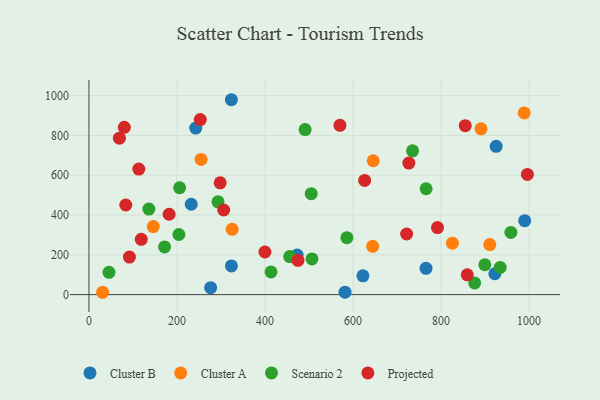
{"axis": {"x": "Ad Spend", "y": "Rating"}, "legend": ["Cluster A", "Cluster B", "Projected", "Scenario 2"], "data": [{"x": "232.5", "y": 454.1, "type": "Cluster B"}, {"x": "473.1", "y": 198.6, "type": "Cluster B"}, {"x": "925.4", "y": 745.2, "type": "Cluster B"}, {"x": "990.2", "y": 371.5, "type": "Cluster B"}, {"x": "242.7", "y": 836.8, "type": "Cluster B"}, {"x": "276.6", "y": 35.1, "type": "Cluster B"}, {"x": "922.3", "y": 104.8, "type": "Cluster B"}, {"x": "581.9", "y": 12.1, "type": "Cluster B"}, {"x": "323.8", "y": 144.2, "type": "Cluster B"}, {"x": "622.6", "y": 94.6, "type": "Cluster B"}, {"x": "323.7", "y": 979.3, "type": "Cluster B"}, {"x": "766.0", "y": 131.9, "type": "Cluster B"}, {"x": "146.2", "y": 342.0, "type": "Cluster A"}, {"x": "826.0", "y": 258.5, "type": "Cluster A"}, {"x": "989.1", "y": 912.9, "type": "Cluster A"}, {"x": "325.5", "y": 328.0, "type": "Cluster A"}, {"x": "31.1", "y": 11.8, "type": "Cluster A"}, {"x": "646.0", "y": 672.7, "type": "Cluster A"}, {"x": "891.0", "y": 833.2, "type": "Cluster A"}, {"x": "910.9", "y": 251.7, "type": "Cluster A"}, {"x": "644.7", "y": 242.6, "type": "Cluster A"}, {"x": "254.8", "y": 679.2, "type": "Cluster A"}, {"x": "586.2", "y": 286.2, "type": "Scenario 2"}, {"x": "293.3", "y": 466.1, "type": "Scenario 2"}, {"x": "204.4", "y": 302.1, "type": "Scenario 2"}, {"x": "934.5", "y": 136.9, "type": "Scenario 2"}, {"x": "45.6", "y": 112.1, "type": "Scenario 2"}, {"x": "491.2", "y": 829.5, "type": "Scenario 2"}, {"x": "766.2", "y": 532.0, "type": "Scenario 2"}, {"x": "456.2", "y": 191.4, "type": "Scenario 2"}, {"x": "958.8", "y": 312.3, "type": "Scenario 2"}, {"x": "899.6", "y": 150.1, "type": "Scenario 2"}, {"x": "505.1", "y": 507.1, "type": "Scenario 2"}, {"x": "506.8", "y": 179.3, "type": "Scenario 2"}, {"x": "876.5", "y": 58.9, "type": "Scenario 2"}, {"x": "413.7", "y": 114.1, "type": "Scenario 2"}, {"x": "171.9", "y": 239.8, "type": "Scenario 2"}, {"x": "136.2", "y": 430.1, "type": "Scenario 2"}, {"x": "206.1", "y": 536.9, "type": "Scenario 2"}, {"x": "735.4", "y": 722.5, "type": "Scenario 2"}, {"x": "113.3", "y": 631.0, "type": "Projected"}, {"x": "118.9", "y": 278.1, "type": "Projected"}, {"x": "475.0", "y": 172.1, "type": "Projected"}, {"x": "792.0", "y": 337.0, "type": "Projected"}, {"x": "83.7", "y": 450.3, "type": "Projected"}, {"x": "996.3", "y": 603.9, "type": "Projected"}, {"x": "859.7", "y": 99.4, "type": "Projected"}, {"x": "855.1", "y": 848.9, "type": "Projected"}, {"x": "298.2", "y": 561.9, "type": "Projected"}, {"x": "570.4", "y": 850.8, "type": "Projected"}, {"x": "92.0", "y": 188.8, "type": "Projected"}, {"x": "253.0", "y": 879.8, "type": "Projected"}, {"x": "182.2", "y": 403.8, "type": "Projected"}, {"x": "400.0", "y": 214.1, "type": "Projected"}, {"x": "306.2", "y": 425.3, "type": "Projected"}, {"x": "69.2", "y": 786.0, "type": "Projected"}, {"x": "727.0", "y": 661.0, "type": "Projected"}, {"x": "626.5", "y": 573.7, "type": "Projected"}, {"x": "721.9", "y": 304.6, "type": "Projected"}, {"x": "80.4", "y": 840.7, "type": "Projected"}]}